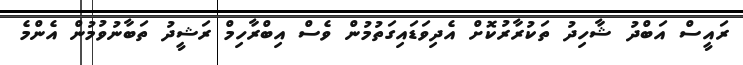
ރައީސް އަބްދު ޝާހިދު ތަކުރާރުކޮށް އެދިވަޑައިގަތުމުން ވެސް އިބްރާހިމް ރަޝީދު ތަބާނުވުމުން އެންމެ